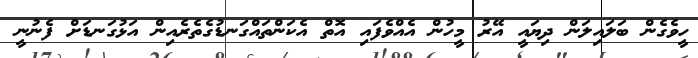
ހީވެގެން ބަލައިލަން ދިޔައީ އޭރު މީހުން އެއްވެފައި އޮތް އެކަންތައްގަނޑުގެތެރެއިން އަޅުގަނޑަށް ފެނުނީ